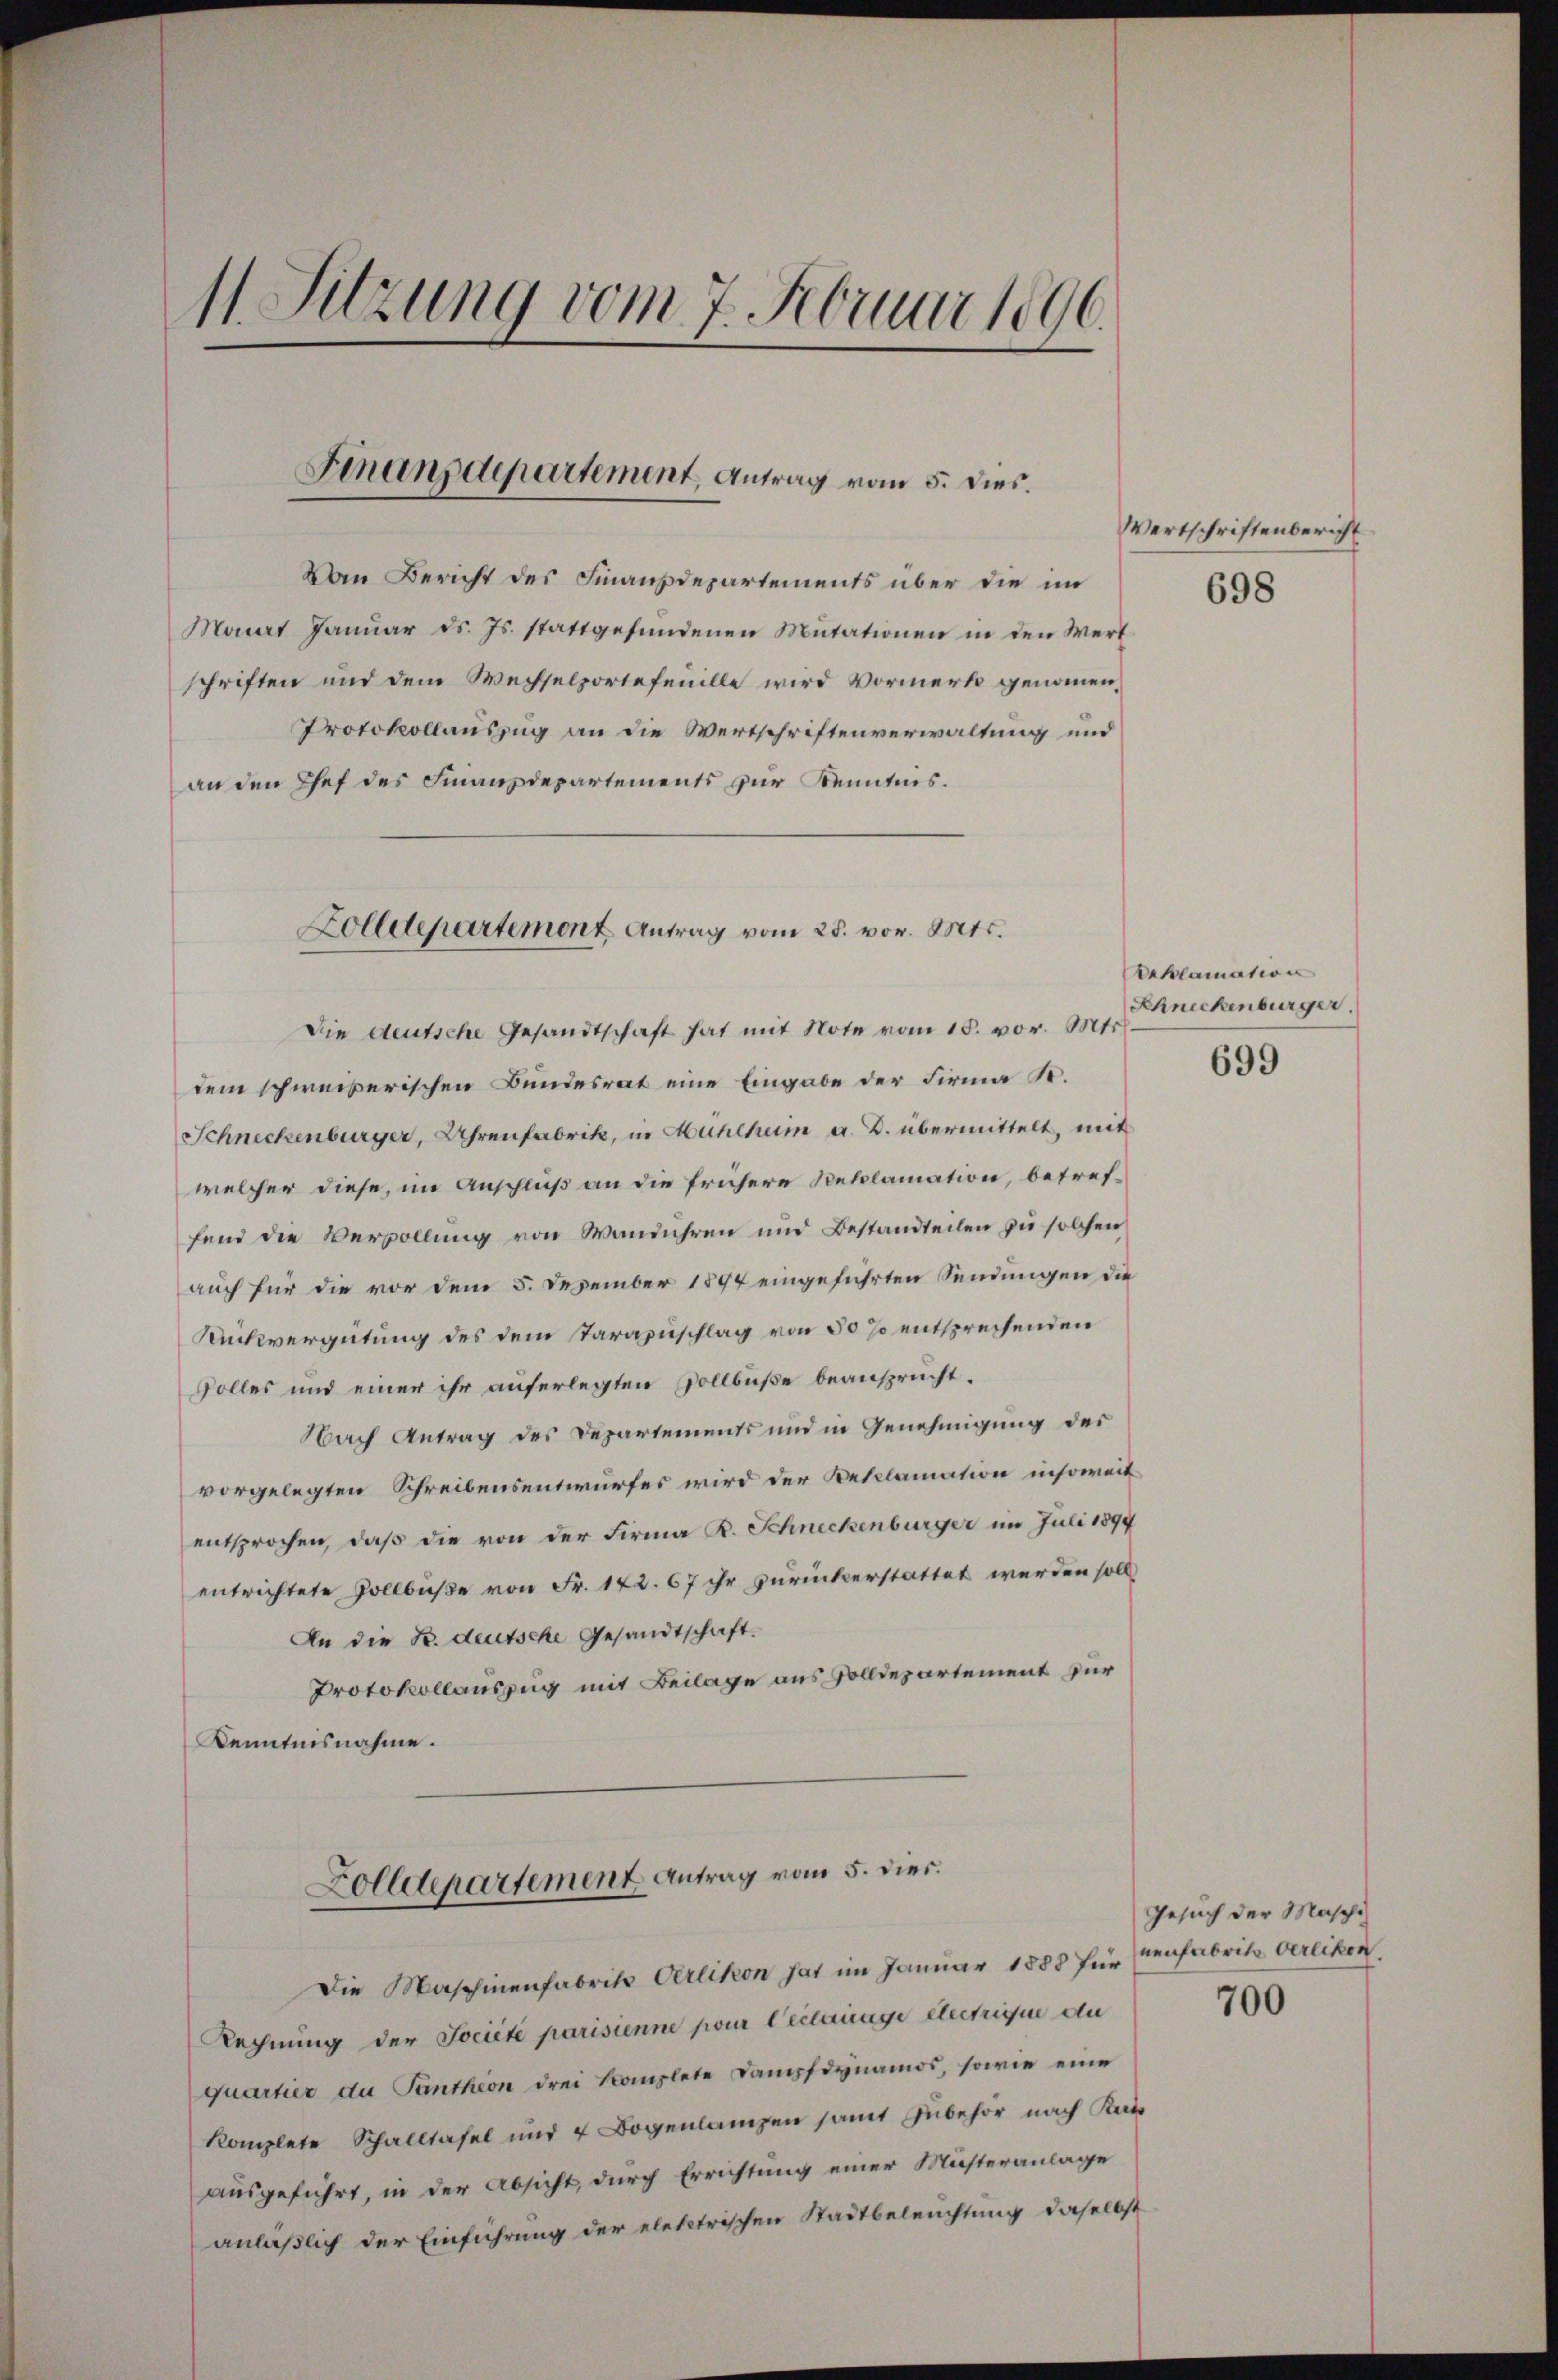
11. Sitzung vom 7. Februar 1896.

Finanzdepartement, Antrag vom 5. dies.

Von Bericht des Finanzdepartements über die im
Manrt Januar d. Js. stattgefŭndenen Mutationen in den Wert
schriften und dem Wechselportefeuille wird Vormerk genommen,
Protokollauszug an die Wertschriftenverwaltung und
an den Chef des Finanzdepartements zur Kenntnis¬
Die deutsche Gesandtschaft hat mit Note vom 15. vor. Mts.
dem schweizerischen Bundesrat eine Eingabe der Firma S.
Schneckenburger, Uhrenfabrik, in Mühlhum a. B. übermittelt, mit
welcher diese, im Anschluß an die frühere Reklamation, betreffend die Vervollung von Wandühren und Bestandteilen zu solchen
auch für die vor dem 5. Dezember 1894 eingeführten Sendungen die
Rückvergütung des dem Starazuschlag von 50 % entsprechenden
volles und einer ihr auferlegten Vollbuße beansprucht.
Nach Antrag des Departements und in Genehmigung des
vorgelegten Schreibensentwurfes wird der Beklamation insoweit
entsprochen, daß die von der Firma R. Schneckenburger im Juli 1899
entrichtete Vollbuße von Fr. 172. 67 ihr zurückerstattet werden soll,
An die Fr. deutsche Gesandtschaft.
Protokollauszug mit Beilage aus Solldepartement für
Kenntnisnahme.
Zolldepartement Antrag vom 5. dies.
Die Maschinenfabrik Oerlikon hat im Januar 1888 für denfabrik verlikon.
Rechnung der Société parisienne pour Verlange etectrique du
quartier du Panthion drei komplete Dampfdynamos, sowie eine
komplete Schalltafel und 4 Bogenlangen samt Zubehör nach Kat
ausgeführt, in der Absicht, durch Errichtung einer Müsteranlage
anläßlich der Einführung der elektrischen Stadtbeleuchtung daselbst

Zolldepartement Antrag vom 28. vor. Mts.

Wertschriftenbericht
698

Deklamation
Schneckenburger.
699

Gesuch der Maschi

700